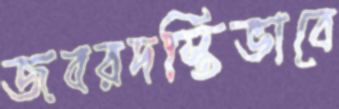
জবরদস্তিভাবে